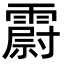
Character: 霨